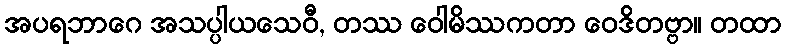
အပရဘာဂေ အသပ္ပါယသေဝီ, တဿ ဝေါမိဿကတာ ဝေဒိတဗ္ဗာ။ တထာ